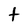
Character: t